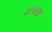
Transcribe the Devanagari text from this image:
उत्पला